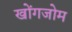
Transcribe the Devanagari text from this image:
खोंगजोम